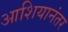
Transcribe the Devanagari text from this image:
आशियानंतर